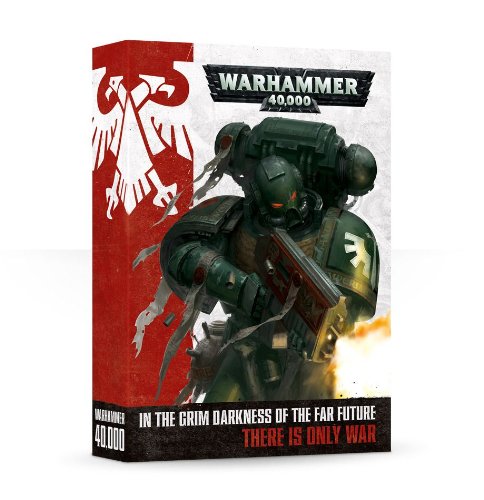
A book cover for Warhammer 40000 (English); Games Workshop; Science Fiction & Fantasy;